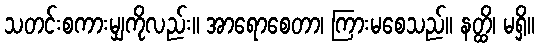
သတင်းစကားမျှကိုလည်း။ အာရောစေတာ၊ ကြားမစေသည်။ နတ္ထိ၊ မရှိ။